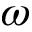
\omega